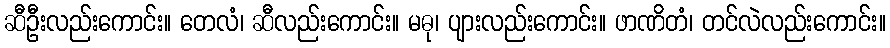
ဆီဦးလည်းကောင်း။ တေလံ၊ ဆီလည်းကောင်း။ မဓု၊ ပျားလည်းကောင်း။ ဖာဏိတံ၊ တင်လဲလည်းကောင်း။